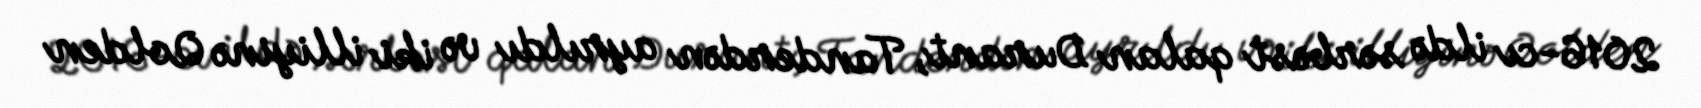
2016-cı ildə sərbəst qalan Durant, Tanderdən ayrıldı və iki illiyinə Qolden